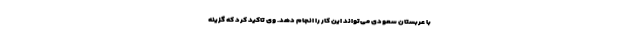
با عربستان سعودی می‌تواند این کار را انجام دهد. وی تاکید کرد که گزینه